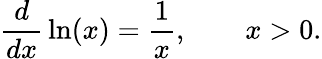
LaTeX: {\frac{d}{dx}}\ln(x)={\frac{1}{x}},\qquad x>0.